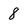
Character: 8